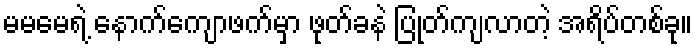
မမမေရဲ့ နောက်ကျောဖက်မှာ ဖုတ်ခနဲ ပြုတ်ကျလာတဲ့ အရိပ်တစ်ခု။